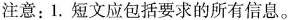
注意：1.短文应包括要求的所有信息。